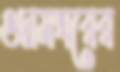
গুদামঘরের